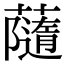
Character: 𧁼